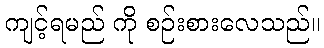
ကျင့်ရမည် ကို စဉ်းစားလေသည်။